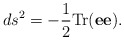
\begin{align*}ds^2 = -{1\over 2} {\rm Tr}({\bf e}{\bf e}).\end{align*}